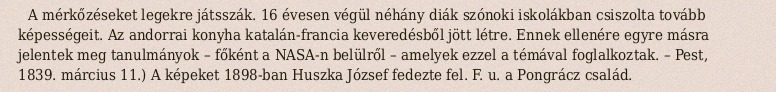
A mérkőzéseket legekre játsszák. 16 évesen végül néhány diák szónoki iskolákban csiszolta tovább képességeit. Az andorrai konyha katalán-francia keveredésből jött létre. Ennek ellenére egyre másra jelentek meg tanulmányok – főként a NASA-n belülről – amelyek ezzel a témával foglalkoztak. – Pest, 1839. március 11.) A képeket 1898-ban Huszka József fedezte fel. F. u. a Pongrácz család.